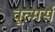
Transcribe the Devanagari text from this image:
वूल्मर्स